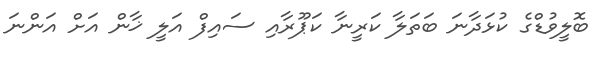
ބޮލީވުޑްގެ ކުޅަދާނަ ބަތަލާ ކަރީނާ ކަޕޫރާއި ސައިފް އަލީ ޚާން އަށް އަންނަ